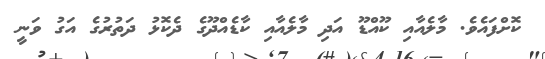
ކޮށްފައެވެ. މާލެއާއި ކޫއްޑޫ އަދި މާލެއާއި ކާޑެއްދޫގެ ދެކޮޅު ދަތުރުގެ އަގު ވަނީ